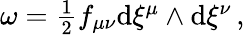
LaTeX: \begin{array}{r}{\omega=\frac{1}{2}f_{\mu\nu}\mathrm{d}\xi^{\mu}\wedge\mathrm{d}\xi^{\nu}\, ,}\end{array}